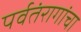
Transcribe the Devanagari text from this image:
पर्वतंरागांचा